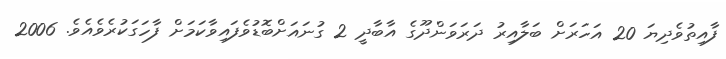
ފާއިތުވެދިޔަ 20 އަހަރަށް ބަލާއިރު ދަރަވަންދޫގެ އާބާދީ 2 ގުނައަށްބޮޑުވެފައިވާކަމަށް ފާހަގަކުރެވެއެވެ. 2006